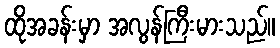
ထိုအခန်းမှာ အလွန်ကြီးမားသည်။